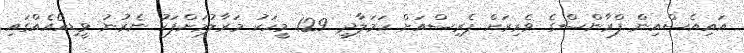
އައިއެސްއިން ފްރާންސްގެ ވެރިރަށް ޕެރިސްއަށް ހަމަލާދީ 129 މީހަކު މަރާލުމަށްފަހު ނެރުނު ވީޑިއޯއެއްގައި